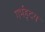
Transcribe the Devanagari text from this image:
गर्भहृदय